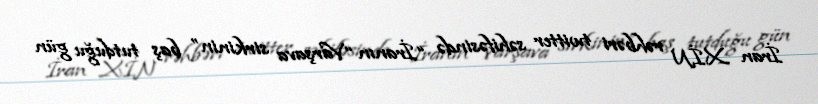
İran XİN rəhbəri twitter səhifəsində “İranın “Varşava sirkinin” baş tutduğu gün